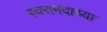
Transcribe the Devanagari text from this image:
स्वरानंदाच्या